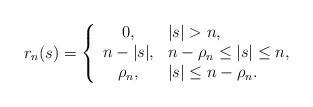
LaTeX: \begin{align*}r_{n}(s) = \left\{ \begin{array}{cl} 0, & | s | > n, \\ n - | s |, & n- \rho_{n} \leq | s | \leq n, \\ \rho_{n}, & | s | \leq n - \rho_{n}.\end{array} \right.\end{align*}